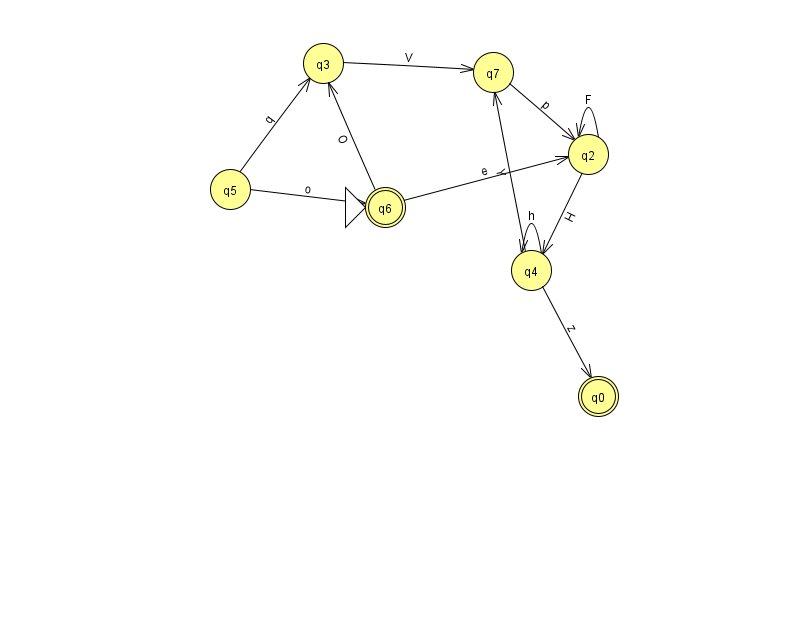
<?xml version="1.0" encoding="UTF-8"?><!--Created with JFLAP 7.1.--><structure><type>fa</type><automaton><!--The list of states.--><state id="0" name="q0"><x>598.0</x><y>383.0</y><final/></state><state id="2" name="q2"><x>588.0</x><y>141.0</y></state><state id="3" name="q3"><x>323.0</x><y>50.0</y></state><state id="4" name="q4"><x>531.0</x><y>257.0</y></state><state id="5" name="q5"><x>230.0</x><y>176.0</y></state><state id="6" name="q6"><x>385.0</x><y>194.0</y><initial/><final/></state><state id="7" name="q7"><x>493.0</x><y>59.0</y></state><!--The list of transitions.--><transition><from>5</from><to>6</to><read>o</read></transition><transition><from>7</from><to>2</to><read>p</read></transition><transition><from>2</from><to>2</to><read>F</read></transition><transition><from>4</from><to>0</to><read>z</read></transition><transition><from>3</from><to>7</to><read>V</read></transition><transition><from>4</from><to>4</to><read>h</read></transition><transition><from>5</from><to>3</to><read>q</read></transition><transition><from>6</from><to>3</to><read>O</read></transition><transition><from>2</from><to>4</to><read>H</read></transition><transition><from>6</from><to>2</to><read>e</read></transition><transition><from>4</from><to>7</to><read>Y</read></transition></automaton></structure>